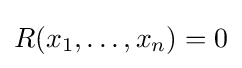
R(x_{1},\dots ,x_{n})=0